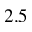
2 . 5